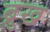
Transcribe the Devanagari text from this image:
ब्रुख